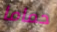
حماما